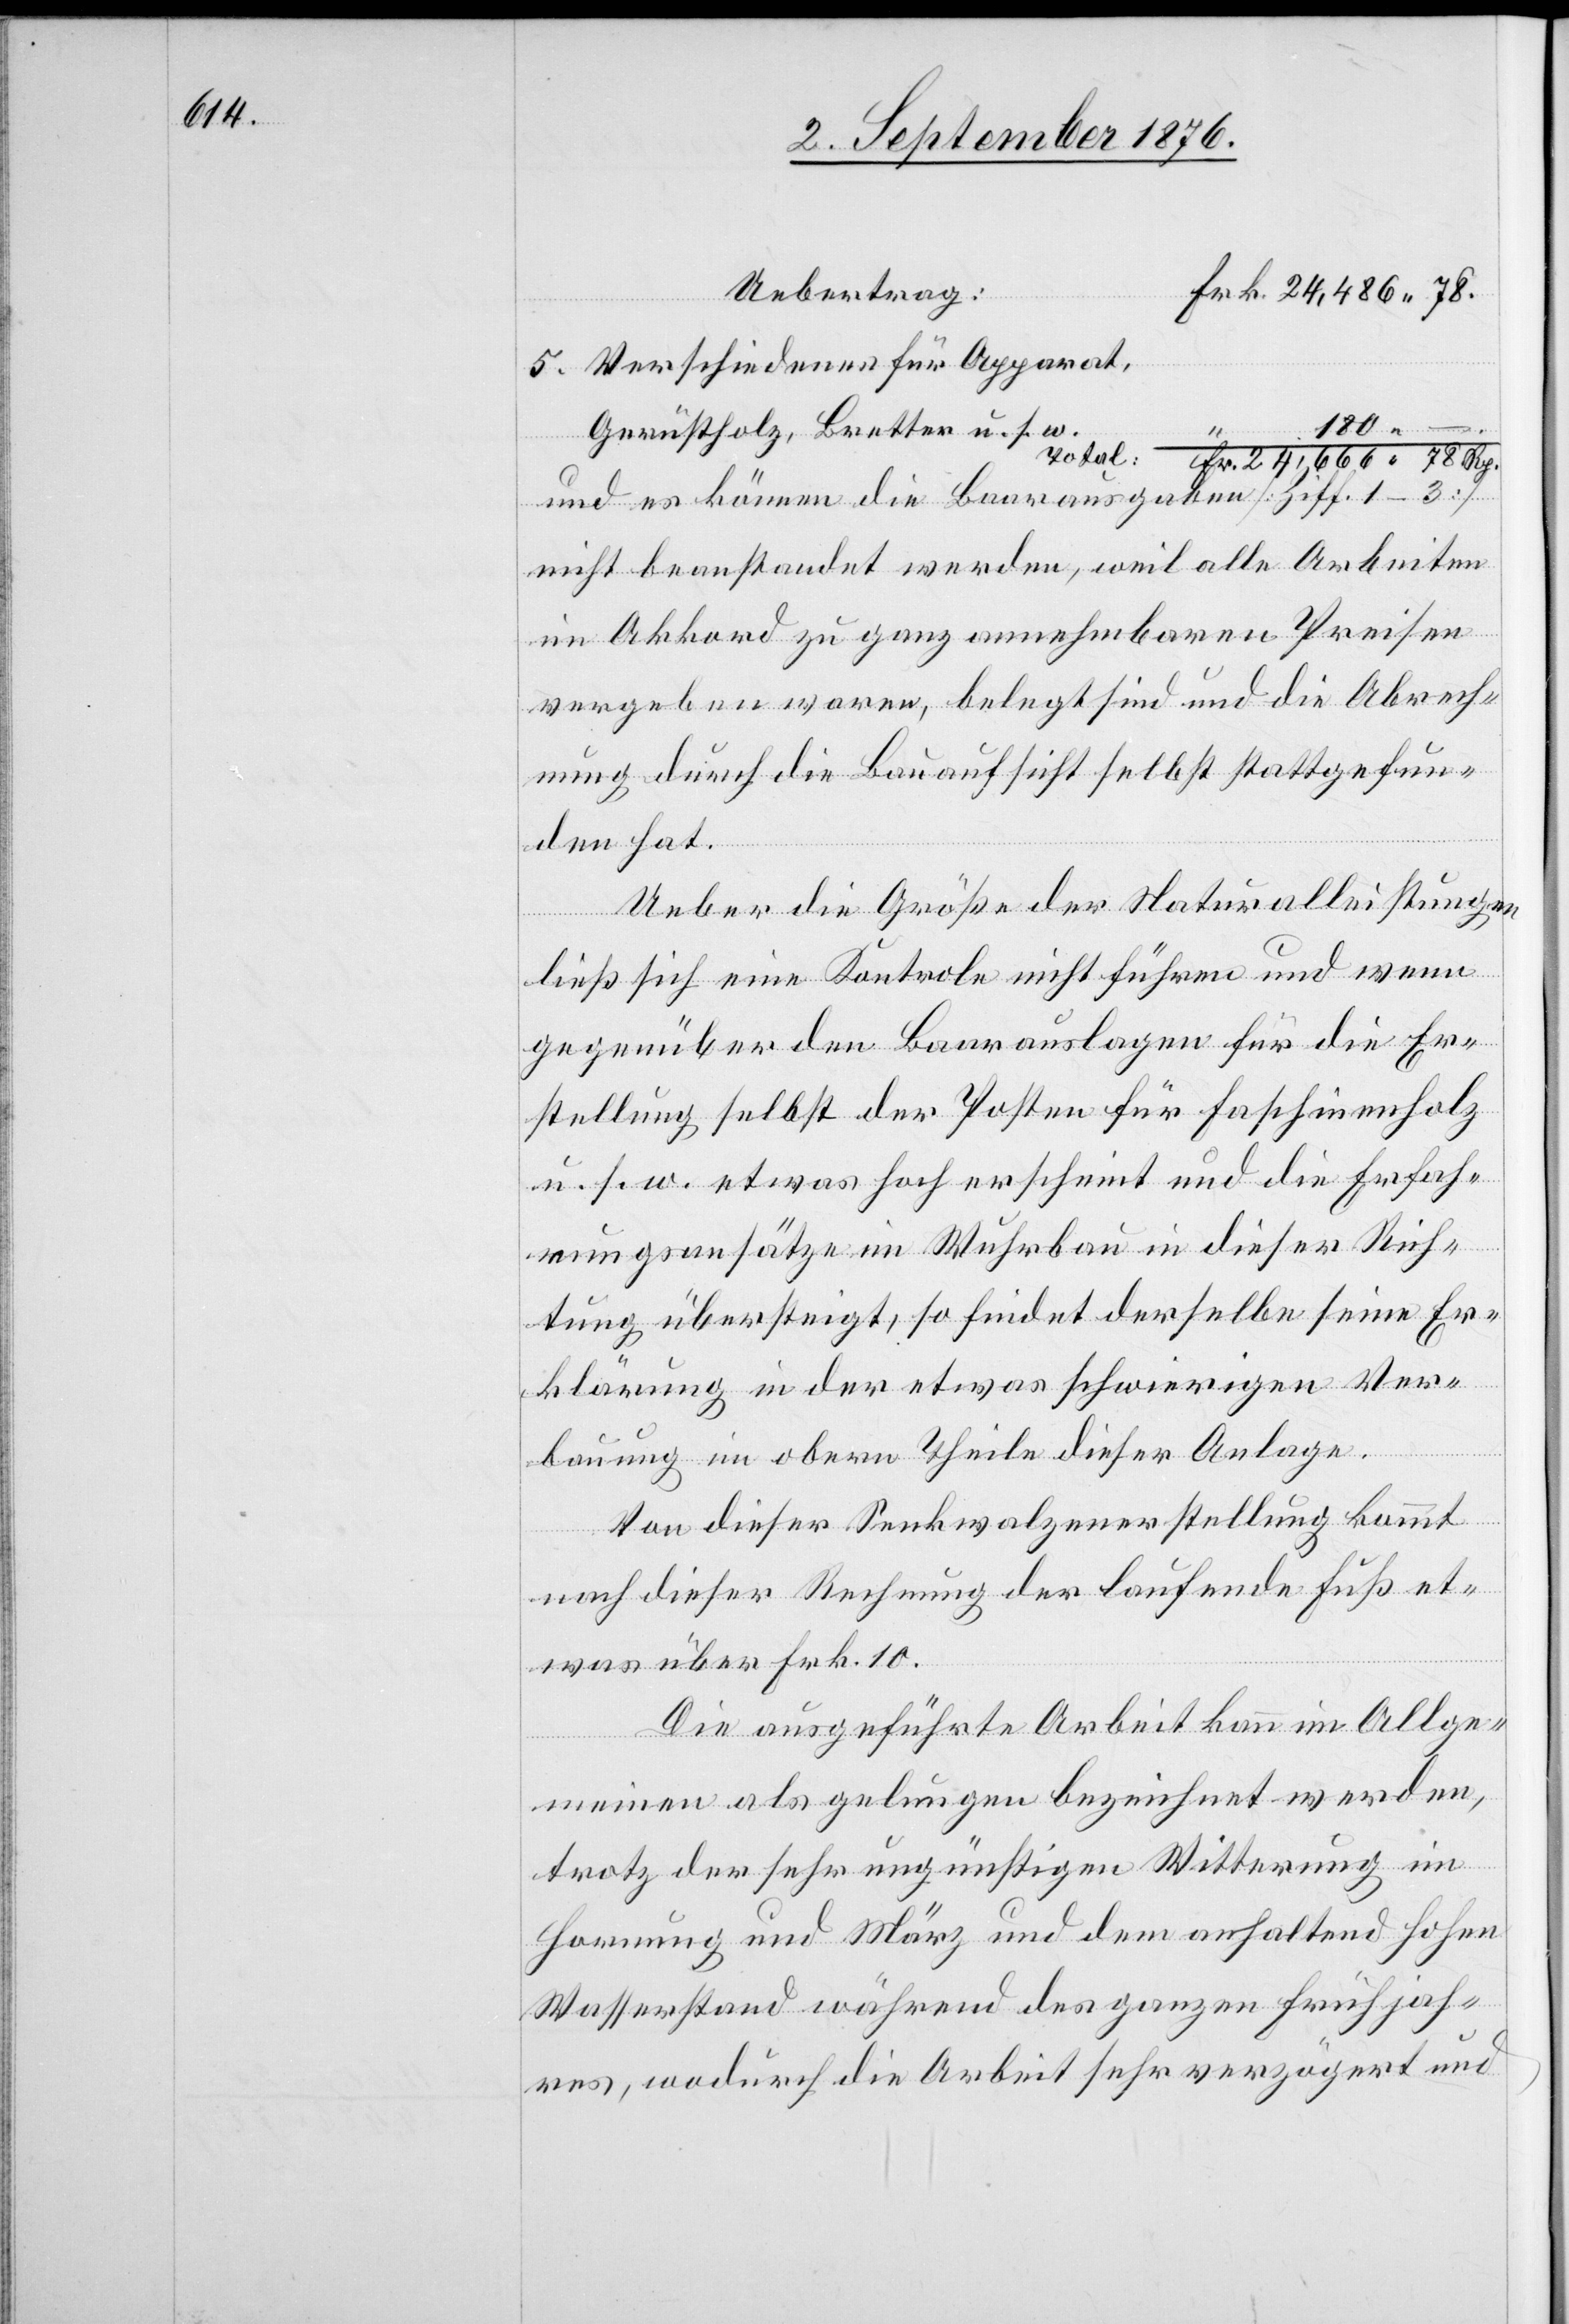
Verschiedenes für Apparat,
180
–.
Gerüstholz, Bretter u. s. w.
und es können die Baarausgaben [Ziff. 1–3]
nicht beanstandet werden, weil alle Arbeiten
im Akkord zu ganz annehmbaren Preisen
vergeben waren, belegt sind und die Abrech¬
nung durch die Bauaufsicht selbst stattgefun¬
den hat.
Ueber die Größe der Naturalleistungen
ließ sich eine Kontrole nicht führen und wenn
gegenüber den Baarauslagen für die Er¬
stellung selbst der Posten für Faschinenholz
u. s. w. etwas hoch erscheint und die Erfah¬
rungsansätze im Wuhrbau in dieser Rich¬
tung übersteigt, so findet derselbe seine Er¬
klärung in der etwas schwierigen Ver¬
bauung im obern Theile dieser Anlage.
Von dieser Senkwalzenerstellung kommt
nach dieser Rechnung der laufende Fuß et¬
was über Frk. 10.
Die ausgeführte Arbeit kann im Allge¬
meinen als gelungen bezeichnet werden,
trotz der sehr ungünstigen Witterung im
Hornung und März und dem anhaltend hohen
Wasserstand während des ganzen Frühjah¬
res, wodurch die Arbeit sehr verzögert und